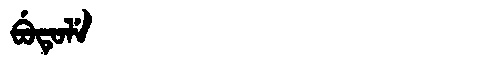
Manchu: ᠪᡠᡨᡠᠯᡝ
Romanization: BUTULE